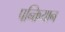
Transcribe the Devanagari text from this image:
पन्क्तियान